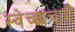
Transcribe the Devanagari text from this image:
स्‍वेच्‍छाचारी